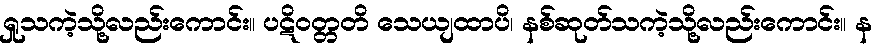
ရှုသကဲ့သို့လည်းကောင်း။ ပဋိဝတ္တတိ သေယျထာပိ၊ နစ်ဆုတ်သကဲ့သို့လည်းကောင်း။ န